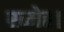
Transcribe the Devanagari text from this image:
ख्मेर।